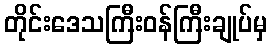
တိုင်းဒေသကြီးဝန်ကြီးချုပ်မှ